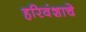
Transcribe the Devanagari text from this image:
हरिवंशाचे